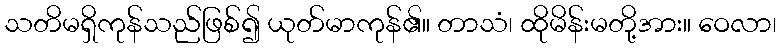
သတိမရှိကုန်သည်ဖြစ်၍ ယုတ်မာကုန်၏။ တာသံ၊ ထိုမိန်းမတို့အား။ ဝေလာ၊